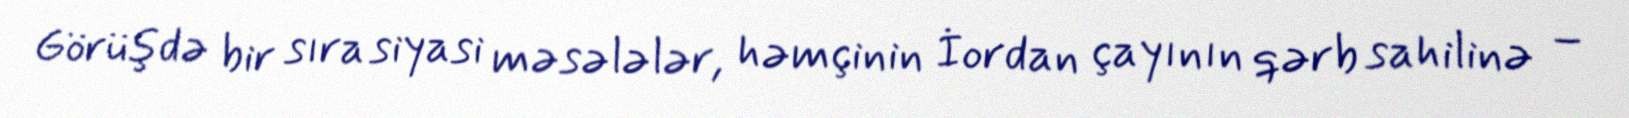
Görüşdə bir sıra siyasi məsələlər, həmçinin İordan çayının qərb sahilinə –